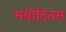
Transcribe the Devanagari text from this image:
मयोदितम्